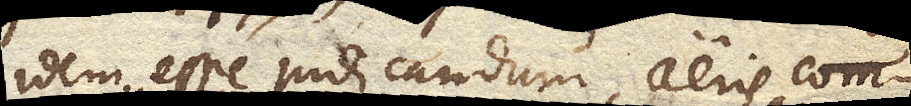
idem esse judicandum, aeris com–